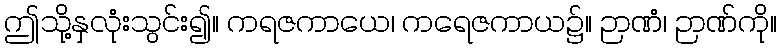
ဤသို့နှလုံးသွင်း၍။ ကရဇကာယေ၊ ကရေဇကာယ၌။ ဉာဏံ၊ ဉာဏ်ကို။